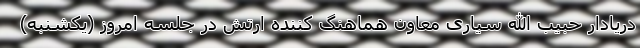
دریادار حبیب الله سیاری معاون هماهنگ کننده ارتش در جلسه امروز (یکشنبه)